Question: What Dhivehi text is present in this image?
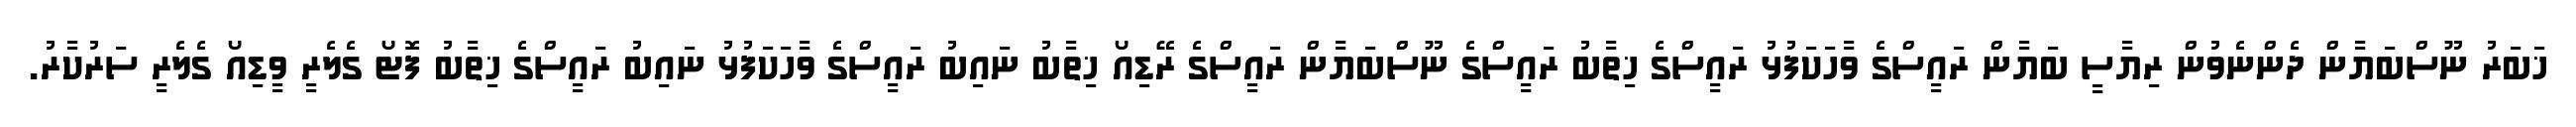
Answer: ޚަބަރު ނޫސްބަޔާން ދެންނެވުން ރިޔާސީ ބަޔާން ރައީސްގެ ވާހަކަފުޅު ރައީސްގެ ޚިތާބު ރައީސްގެ ނޫސްބަޔާން ރައީސްގެ ރޭޑިއޯ ޚިތާބު ނައިބު ރައީސްގެ ވާހަކަފުޅު ނައިބު ރައީސްގެ ޚިތާބު ފޮޓޯ ގެލެރީ ވީޑިއޯ ގެލެރީ ސަރުކާރު.